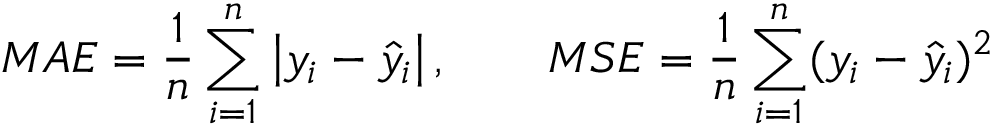
M A E = \frac { 1 } { n } \sum _ { i = 1 } ^ { n } \left\lvert y _ { i } - \hat { y } _ { i } \right\rvert , \qquad M S E = \frac { 1 } { n } \sum _ { i = 1 } ^ { n } ( y _ { i } - \hat { y } _ { i } ) ^ { 2 }